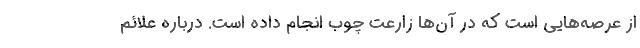
از عرصه‌هایی است که در آن‌ها زارعت چوب انجام داده است. درباره علائم